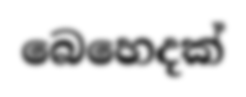
බෙහෙදක්